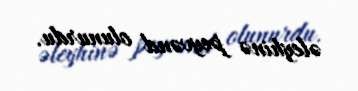
əleyhinə peyvənd olunurdu.